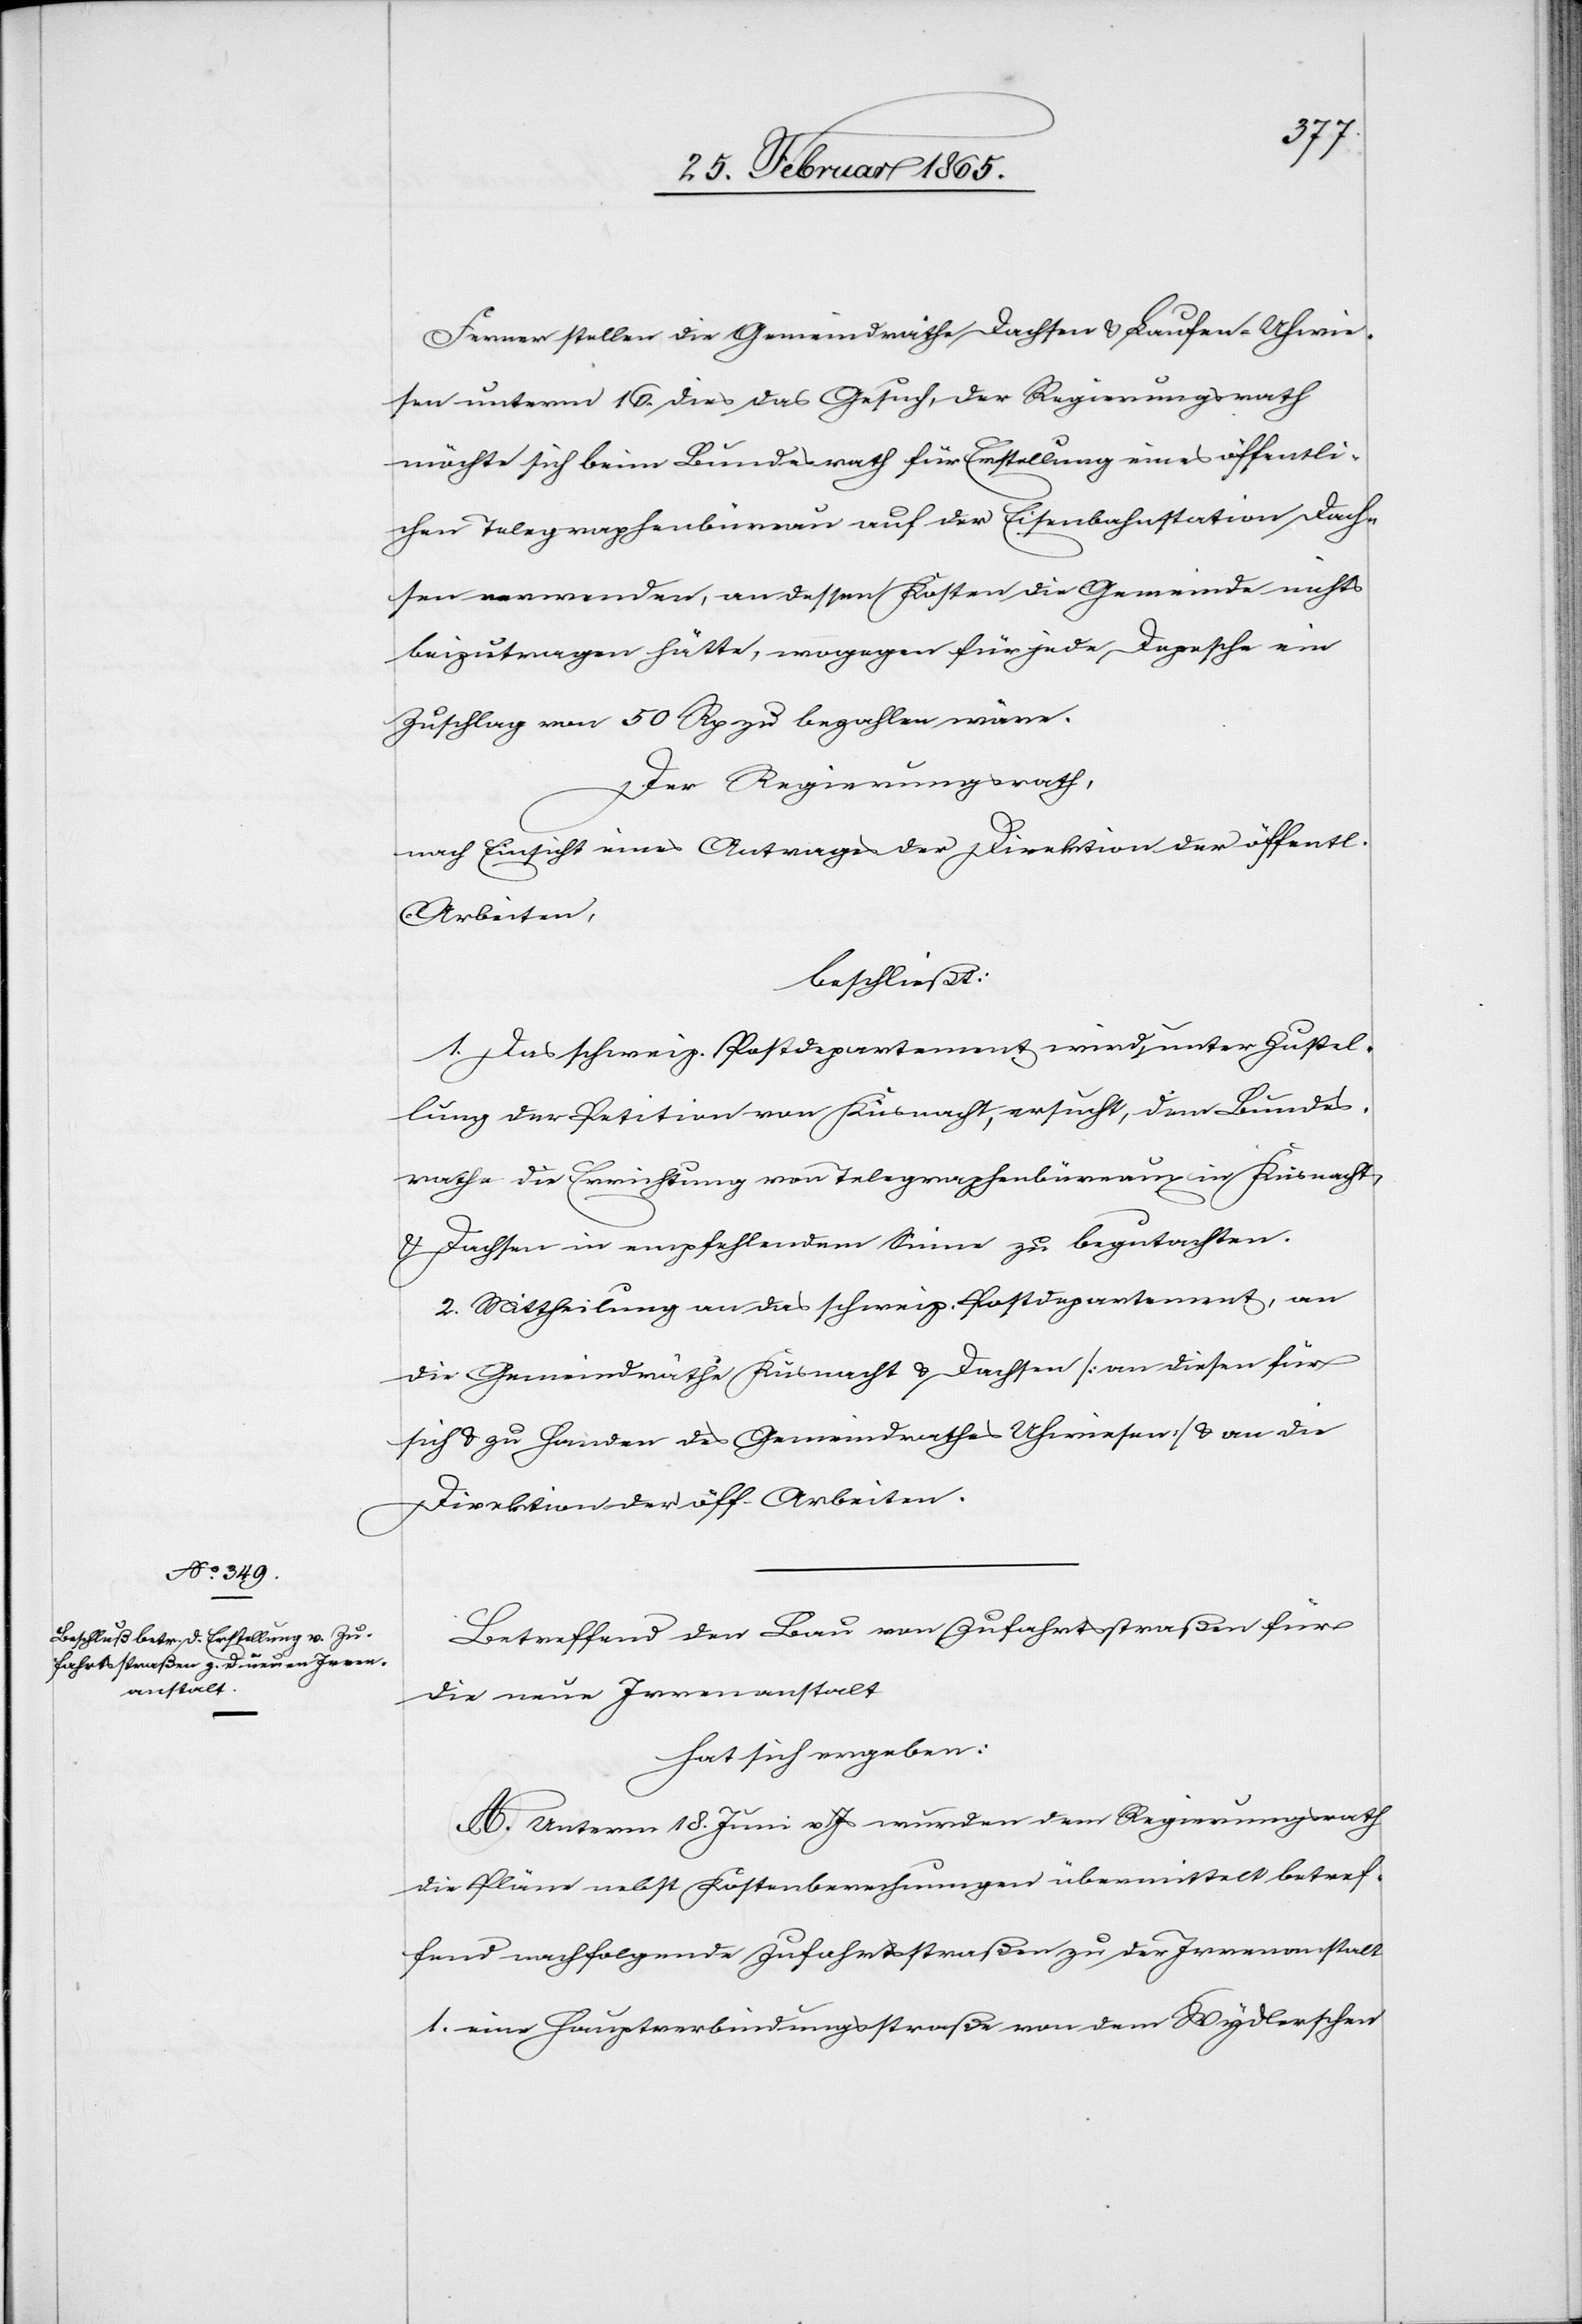
Ferner stellten die Gemeindräthe Dachsen u. Laufen-Uhwie¬
sen unterm 16. dies das Gesuch, der Regierungsrath
möchte sich beim Bundesrath für Erstellung eines öffentli¬
chen Telegraphenbüreau auf der Eisenbahnstation Dach¬
sen verwenden, an dessen Kosten die Gemeinde nichts
beizutragen hätte, wogegen für jede Depesche ein
Zuschlag von 50 Rp zu bezahlen wäre.
Der Regierungsrath,
nach Einsicht eines Antrages der Direktion der öffentl.
Arbeiten,
beschließt:
1. Das schweiz. Postdepartement wird, unter Zustel¬
lung der Petition von Küsnacht, ersucht, dem Bundes¬
rathe die Errichtung von Telegraphenbüreaux in Küsnacht,
u. Dachsen in empfehlendem Sinne zu begutachten.
2. Mittheilung an das schweiz. Postdepartement, an
die Gemeindräthe Küsnacht u. Dachsen [an diesen für
sich u. zu Handen des Gemeindrathes Uhwiesen] u. an die
Direktion der öff. Arbeiten.
Betreffend den Bau von Zufahrtsstraßen für
die neue Irrenanstalt
hat sich ergeben:
A. Unterm 18. Juni v. Js wurden dem Regierungsrath
die Pläne nebst Kostenberechnungen übermittelt betref¬
fend nachfolgende Zufahrtsstraße zu der Irrenanstalt
1. eine Hauptverbindungsstraße von dem Wydlerschen